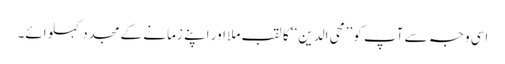
اسی وجہ سے آپ کو ’’محی الدین‘‘ کا لقب ملا اور اپنے زمانے کے مجدد کہلوائے۔